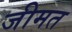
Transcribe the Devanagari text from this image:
जीमत